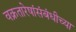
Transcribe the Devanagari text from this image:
वक्रतारेषांसंबंधीच्या